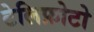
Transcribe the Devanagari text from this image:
टेलिफ़ोटो